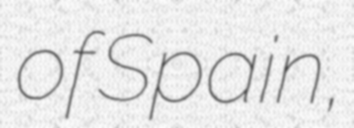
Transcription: of Spain,